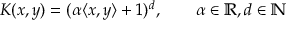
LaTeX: K ( x , y ) = ( \alpha \langle x , y \rangle + 1 ) ^ { d } , \qquad \alpha \in \mathbb { R } , d \in \mathbb { N }